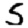
Digit: 5